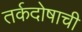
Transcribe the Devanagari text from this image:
तर्कदोषाची